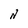
Character: N